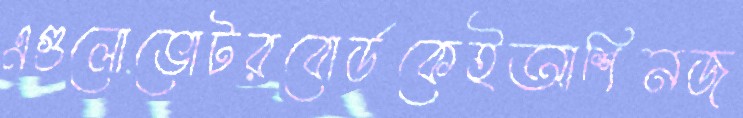
এগুলোভোটরবোর্ডকেইআশিনজ